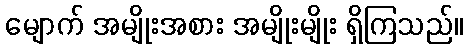
မျောက် အမျိုးအစား အမျိုးမျိုး ရှိကြသည်။